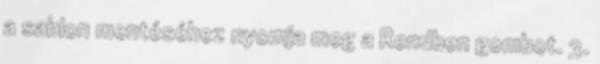
a sablon mentéséhez nyomja meg a Rendben gombot. 3.